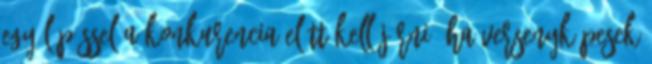
egy lépéssel a konkurencia elôtt kell járni, ha versenyképesek